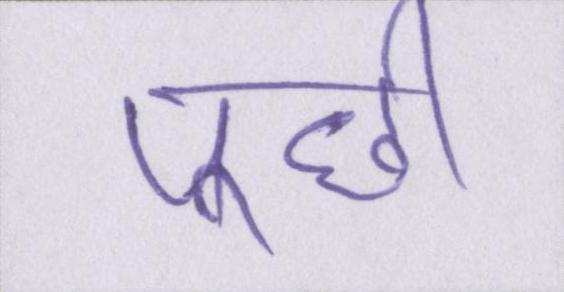
पूछी